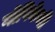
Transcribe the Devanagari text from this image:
गोपिकेची